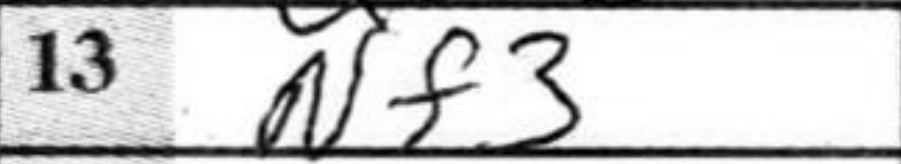
Transcription: Nf3